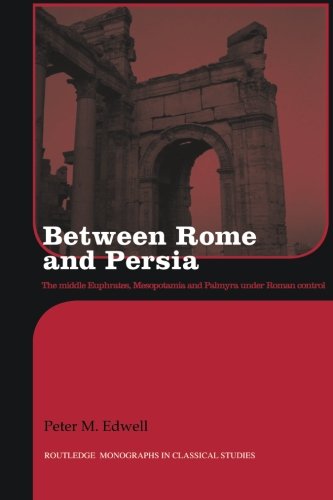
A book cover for Between Rome and Persia: The Middle Euphrates, Mesopotamia and Palmyra Under Roman Control; Peter Edwell; History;